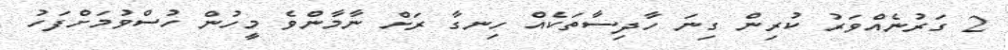
2 ގަރުނެއްވަރު ކުރިން ގިނަ ހާދިސާތަކެއް ހިނގާ ރަށް ނާމާންވެ މީހުން ހުސްވުމަށްފަހު